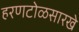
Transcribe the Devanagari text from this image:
हरणटोळसारखे